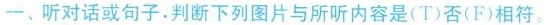
一、听对话或句子.判断下列图片与所听内容是(T)否(F)相符。